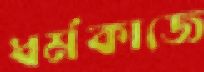
ধর্মকাজে